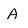
Character: A